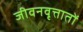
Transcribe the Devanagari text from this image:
जीवनवृत्तातों